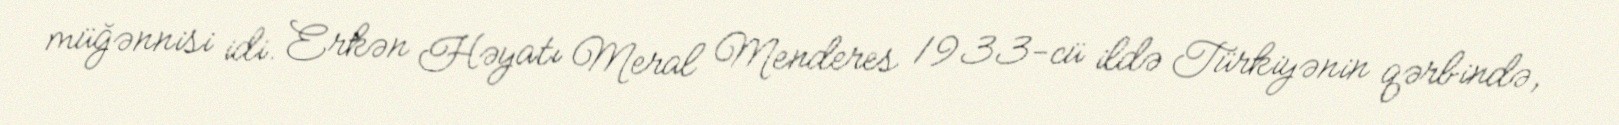
müğənnisi idi. Erkən Həyatı Meral Menderes 1933-cü ildə Türkiyənin qərbində,